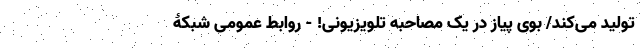
تولید می‌کند/ بوی پیاز در یک مصاحبه تلویزیونی! - روابط عمومی شبکۀ